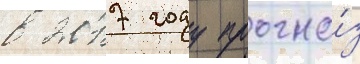
в 2017 году прогно́з